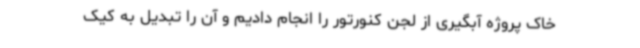
خاک پروژه آبگیری از لجن کنورتور را انجام دادیم و آن را تبدیل به کیک